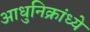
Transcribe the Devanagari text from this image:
आधुनिक्रांध्ये